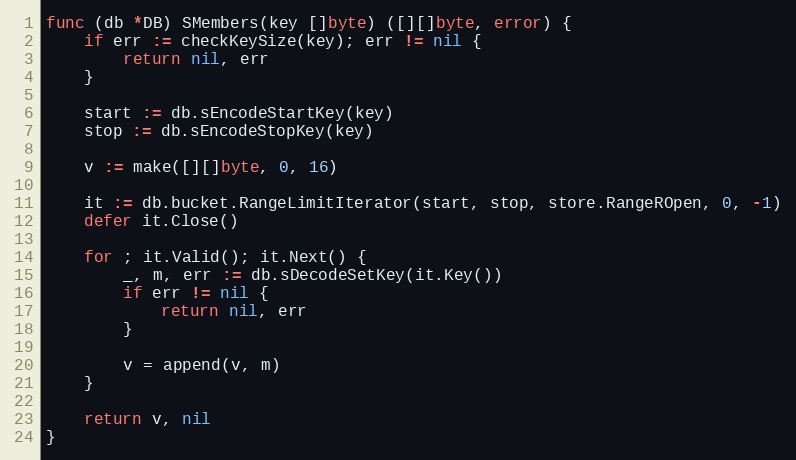
Language: Go
func (db *DB) SMembers(key []byte) ([][]byte, error) {
	if err := checkKeySize(key); err != nil {
		return nil, err
	}

	start := db.sEncodeStartKey(key)
	stop := db.sEncodeStopKey(key)

	v := make([][]byte, 0, 16)

	it := db.bucket.RangeLimitIterator(start, stop, store.RangeROpen, 0, -1)
	defer it.Close()

	for ; it.Valid(); it.Next() {
		_, m, err := db.sDecodeSetKey(it.Key())
		if err != nil {
			return nil, err
		}

		v = append(v, m)
	}

	return v, nil
}